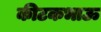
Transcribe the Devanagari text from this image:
कीटकभाऊ